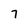
Character: 7